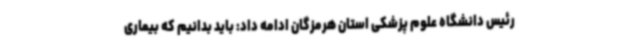
رئیس دانشگاه علوم پزشکی استان هرمزگان ادامه داد: باید بدانیم که بیماری